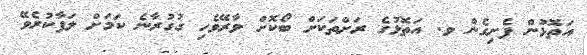
އަތޮޅުން ފެށިގެން ވ. އަތޮޅުގެ ރަށްތަކަށް ބޯކޮށް ވާރޭވެހި ގުގުރާނެ ކަމަށް ލަފާކުރެވޭ